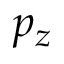
p _ { z }